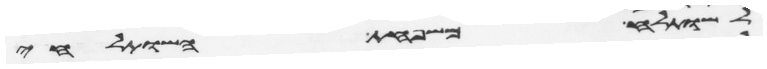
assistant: לשותלח משפחת השותלחי